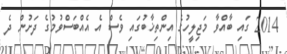
2014 ގައި ބާއްވާ މަޖިލީހުގެ އިންތިޚާބުގައި ވެސް އެ އެއްބަސްވުމުގެ ދަށުން ދެ